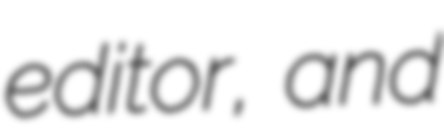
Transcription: editor, and